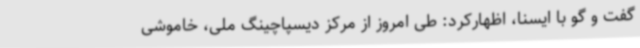
گفت و گو با ایسنا، اظهارکرد: طی امروز از مرکز دیسپاچینگ ملی، خاموشی